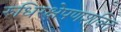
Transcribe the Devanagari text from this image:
रुधिरक्षेपणशक्ति